Lunatic asylums in Bengal annual reports 1899-1911 - 1899-1911
Year: 1899
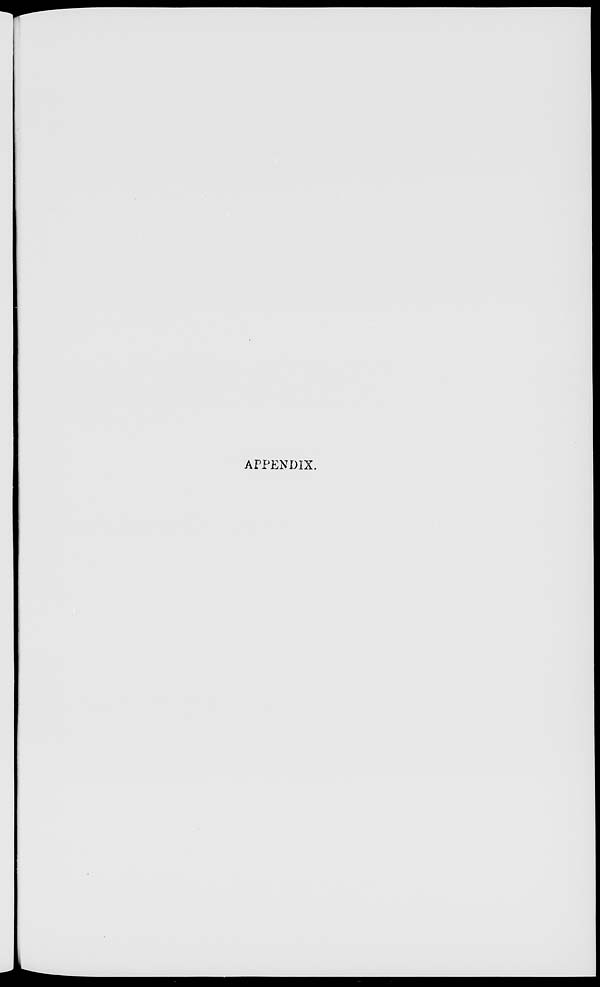
APPENDIX.